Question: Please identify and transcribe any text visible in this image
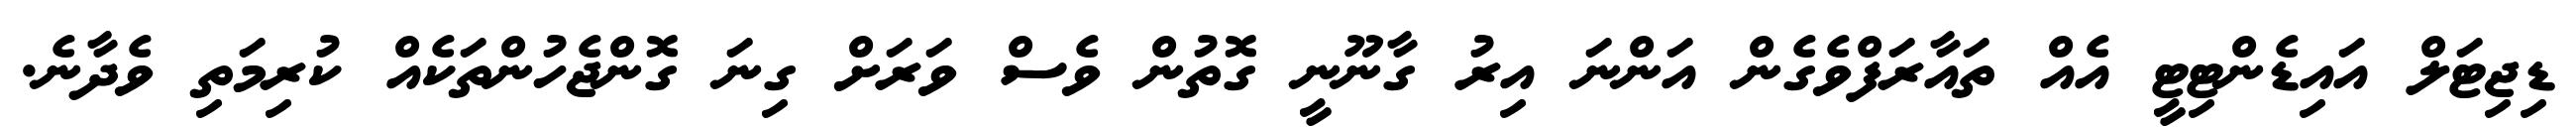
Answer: ޑިޖިޓަލް އައިޑެންޓިޓީ އެއް ތައާރަފްވެގެން އަންނަ އިރު ގާނޫނީ ގޮތުން ވެސް ވަރަށް ގިނަ ގޮންޖެހުންތަކެއް ކުރިމަތި ވެދާނެ.